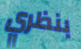
بنظري